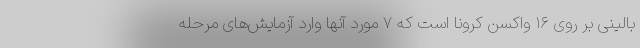
بالینی بر روی ۱۶ واکسن کرونا است که ۷ مورد آنها وارد آزمایش‌های مرحله